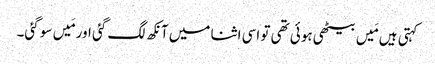
کہتی ہیں مَیں بیٹھی ہوئی تھی تو اسی اثنا میں آنکھ لگ گئی اور مَیں سو گئی۔